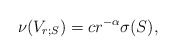
\begin{align*}\nu(V_{r;S})=cr^{-\alpha}\sigma(S),\end{align*}